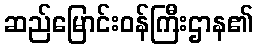
ဆည်မြောင်းဝန်ကြီးဌာန၏